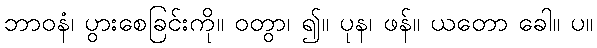
ဘာဝနံ၊ ပွားစေခြင်းကို။ ဝတွာ၊ ၍။ ပုန၊ ဖန်။ ယတော ခေါ။ ပ။